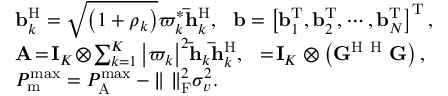
\begin{array} { r l } & { { \bf { b } } _ { k } ^ { \mathrm { H } } = \sqrt { \left( { 1 + { \rho _ { k } } } \right) } \varpi _ { k } ^ { * } { \bf { \bar { h } } } _ { k } ^ { \mathrm { H } } , ~ ~ { \bf b } = \left[ { { \bf b } _ { 1 } ^ { \mathrm { T } } } , { { \bf b } _ { 2 } ^ { \mathrm { T } } } , \cdots , { { \bf b } _ { N } ^ { \mathrm { T } } } \right] ^ { \mathrm { T } } , } \\ & { { \bf { A } } \! = \! { { \bf { I } } _ { K } } \! \otimes \! \sum _ { k = 1 } ^ { K } { { \left| { { \varpi _ { k } } } \right| ^ { 2 } } { { \bf { \bar { h } } } _ { k } } { \bf { \bar { h } } } _ { k } ^ { \mathrm { H } } } , ~ { \bf { \Xi } } \! = \! { { \bf { I } } _ { K } } \otimes \left( { { { \bf { G } } ^ { \mathrm { H } } } { { \bf { \Psi } } ^ { \mathrm { H } } } { \bf { \Psi G } } } \right) , } \\ & { P _ { \mathrm { m } } ^ { \operatorname* { m a x } } = P _ { { \mathrm { A } } } ^ { { \operatorname* { m a x } } } - { \left\| { { { \bf { \Psi } } } } \right\| _ { \mathrm { F } } ^ { 2 } } \sigma _ { v } ^ { 2 } . } \end{array}